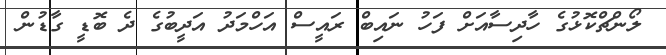
ލޯންޗްކޮޅުގެ ހާދިސާއަށް ފަހު ނައިބް ރައީސް އަހްމަދު އަދީބުގެ ދެ ބޮޑީ ގާޑުން